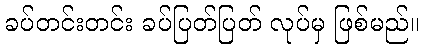
ခပ်တင်းတင်း ခပ်ပြတ်ပြတ် လုပ်မှ ဖြစ်မည်။